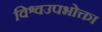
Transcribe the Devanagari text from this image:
विश्वउपभोक्ता